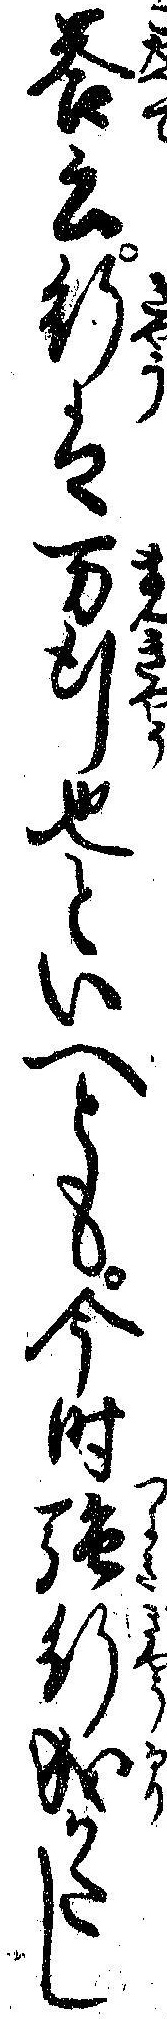
答云行は万行也といへとも今時強行成かたし